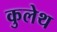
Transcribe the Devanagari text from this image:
कुलेथ